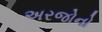
અરજોનો